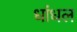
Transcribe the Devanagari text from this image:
धांधल